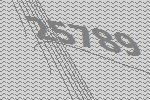
25789